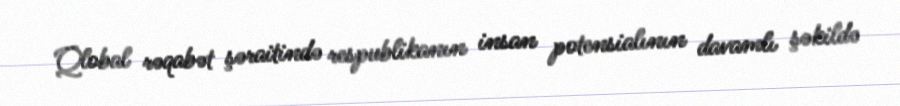
Qlobal rəqabət şəraitində respublikanın insan potensialının davamlı şəkildə